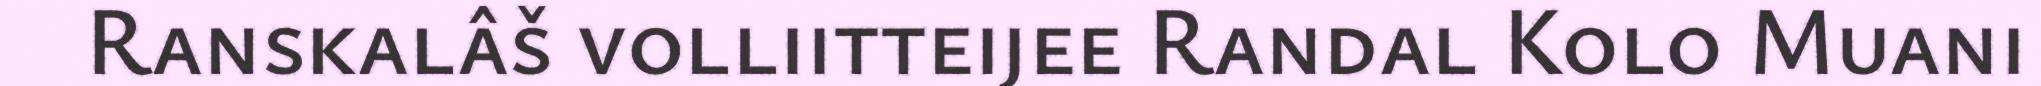
Ranskalâš volliitteijee Randal Kolo Muani